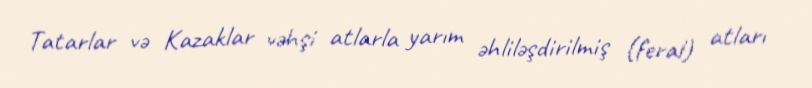
Tatarlar və Kazaklar vəhşi atlarla yarım əhliləşdirilmiş (feral) atları